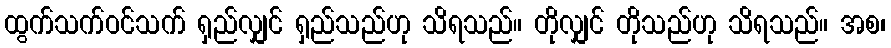
ထွက်သက်ဝင်သက် ရှည်လျှင် ရှည်သည်ဟု သိရသည်။ တိုလျှင် တိုသည်ဟု သိရသည်။ အစ၊